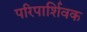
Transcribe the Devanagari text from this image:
परिपार्शिवक